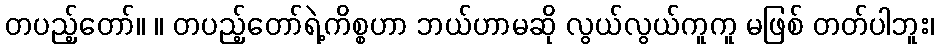
တပည့်တော်။ ။ တပည့်တော်ရဲ့ကိစ္စဟာ ဘယ်ဟာမဆို လွယ်လွယ်ကူကူ မဖြစ် တတ်ပါဘူး၊